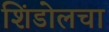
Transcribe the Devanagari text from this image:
शिंडोलचा